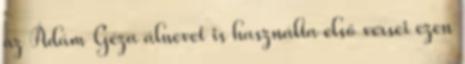
az Ádám Géza álnevet is használta első versei ezen